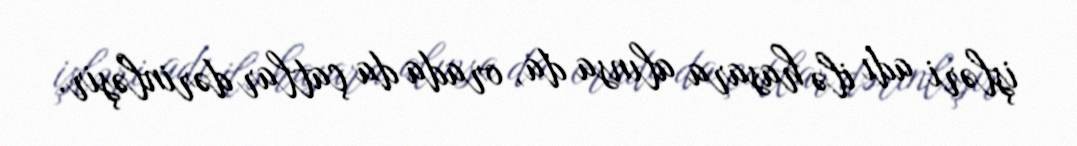
işləri adı ilə hasara alınsa da, orada da çatlar dərinləşir.